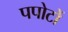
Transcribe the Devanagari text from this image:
पपोटों